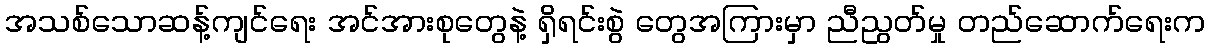
အသစ်သောဆန့်ကျင်ရေး အင်အားစုတွေနဲ့ ရှိရင်းစွဲ တွေအကြားမှာ ညီညွတ်မှု တည်ဆောက်ရေးက